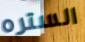
الستره